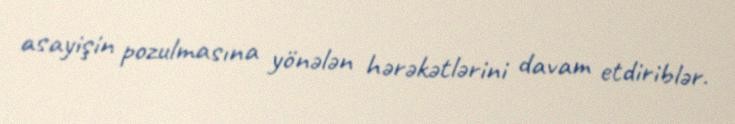
asayişin pozulmasına yönələn hərəkətlərini davam etdiriblər.